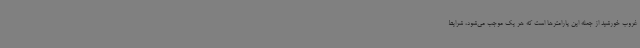
غروب خورشید از جمله این پارامترها است که هر یک موجب می‌شود، شرایط